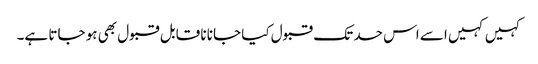
کہیں کہیں اسے اس حد تک قبول کیا جانا نا قابل قبول بھی ہو جاتا ہے۔